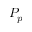
P _ { p }